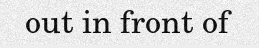
out in front of